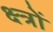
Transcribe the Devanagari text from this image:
क्ष्त्रों